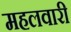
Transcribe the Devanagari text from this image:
महलवारी